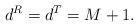
LaTeX: \begin{align*} d^R=d^T=M+1.\end{align*}